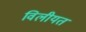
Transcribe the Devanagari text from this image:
विलीयत